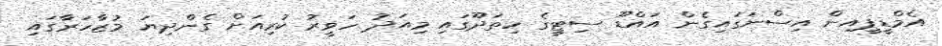
އެމްޑީޕީއިން އިސްނަގައިގެން އައްޑޫ ސިޓީގެ ހިތަދޫގައި މިއަދު ހަވީރު ކުރިއަށް ގެންދިޔަ މުޒާހަރާގައި